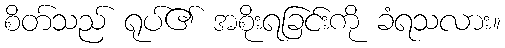
စိတ်သည် ရုပ်၏ အစိုးရခြင်းကို ခံရသလား။